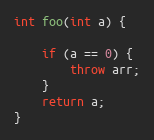
Language: C++
int foo(int a) {

    if (a == 0) {
        throw arr;
    }
    return a;
}